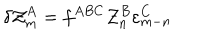
\delta { \cal Z } _ { m } ^ { A } = f ^ { A B C } { \cal Z } _ { n } ^ { B } \varepsilon _ { m - n } ^ { C }